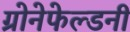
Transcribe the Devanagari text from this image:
ग्रोनेफेल्डनी